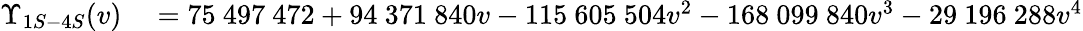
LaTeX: \begin{array}{rl}{\Upsilon_{1S-4S}(v)}&{{}=75~497~472+94~371~840v-115~605~504v^{2}-168~099~840v^{3}-29~196~288v^{4}}\end{array}